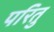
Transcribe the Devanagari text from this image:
परितु